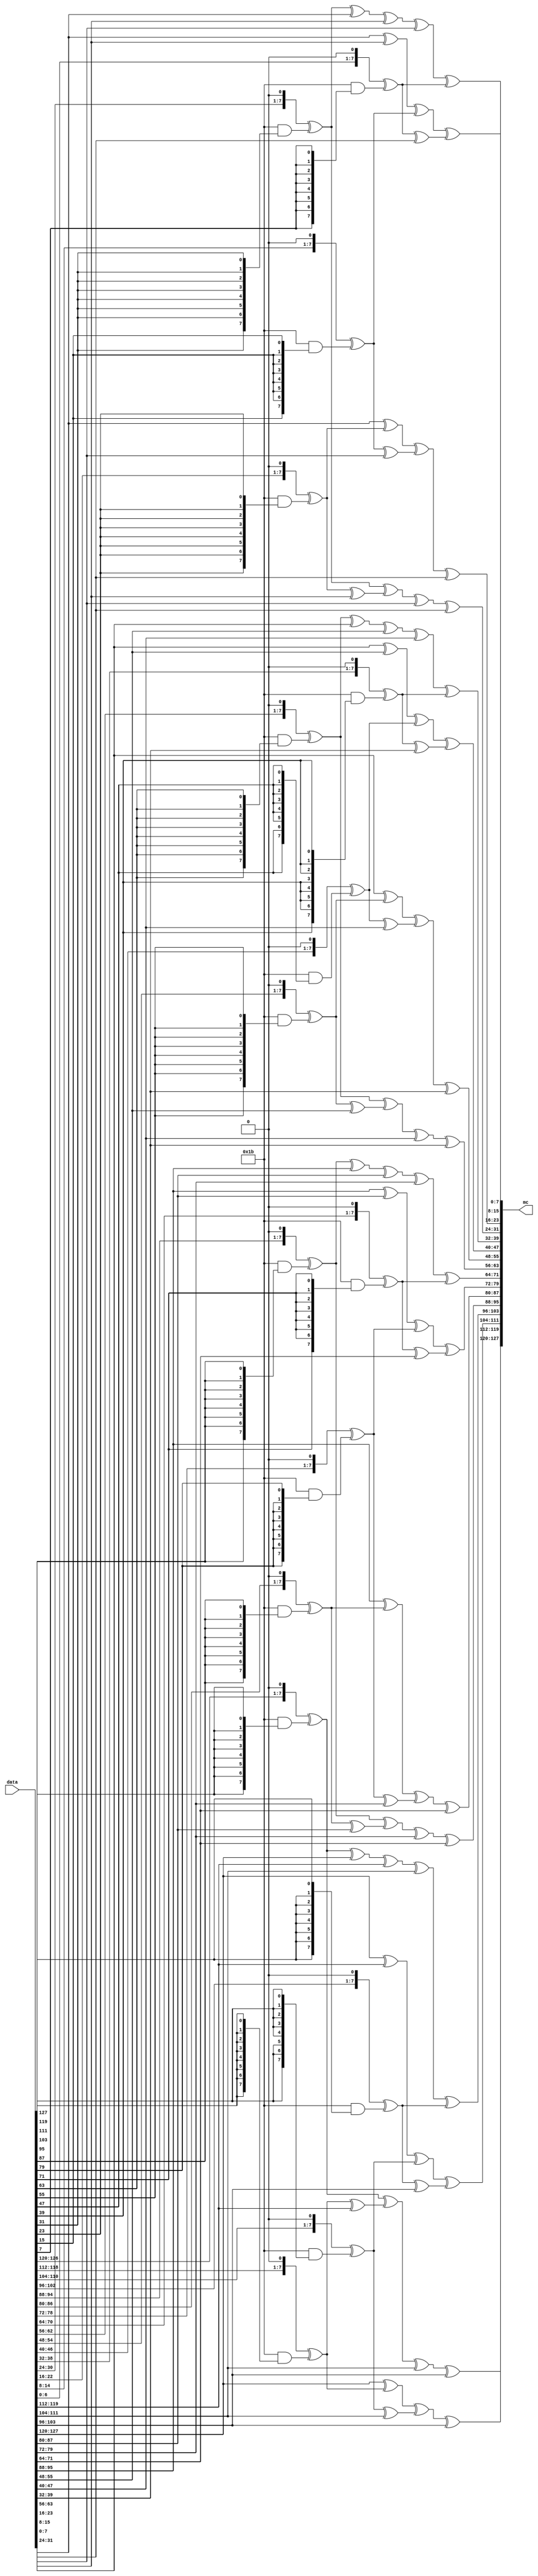
`timescale 1ns / 1ps
//////////////////////////////////////////////////////////////////////////////////
// Company: 
// Engineer: 
// 
// Design Name: 
// Module Name: Mixcolumns
// Project Name: 
// Target Devices: 
// Tool Versions: 
// Description: 
// 
// Dependencies: 
// 
// Revision:
// Revision 0.01 - File Created
// Additional Comments:
// 
//////////////////////////////////////////////////////////////////////////////////


module Mixcolumns(input [127:0] data,output [127:0] mc);
reg [31 : 0] w0, w1, w2, w3;
reg [31 : 0] ws0, ws1, ws2, ws3;
always@(data) begin
w0 = data[127 : 096];
w1 = data[095 : 064];
w2 = data[063 : 032];
w3 = data[031 : 000];

ws0 = mixw(w0);
ws1 = mixw(w1);
ws2 = mixw(w2);
ws3 = mixw(w3);
end
assign mc= {ws0, ws1, ws2, ws3};
function [7 : 0] gm2(input [7 : 0] op);
    begin
      gm2 = {op[6 : 0], 1'b0} ^ (8'h1b & {8{op[7]}});
    end
  endfunction // gm2

  function [7 : 0] gm3(input [7 : 0] op);
    begin
      gm3 = gm2(op) ^ op;
    end
  endfunction // gm3

  function [31 : 0] mixw(input [31 : 0] w);
    reg [7 : 0] b0, b1, b2, b3;
    reg [7 : 0] mb0, mb1, mb2, mb3;
    begin
      b0 = w[31 : 24];
      b1 = w[23 : 16];
      b2 = w[15 : 08];
      b3 = w[07 : 00];

      mb0 = gm2(b0) ^ gm3(b1) ^ b2      ^ b3;
      mb1 = b0      ^ gm2(b1) ^ gm3(b2) ^ b3;
      mb2 = b0      ^ b1      ^ gm2(b2) ^ gm3(b3);
      mb3 = gm3(b0) ^ b1      ^ b2      ^ gm2(b3);

      mixw = {mb0, mb1, mb2, mb3};
    end
  endfunction // mixw
endmodule